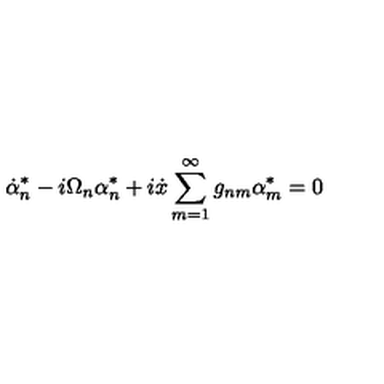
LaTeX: \dot { \alpha } _ { n } ^ { * } - i \Omega _ { n } \alpha _ { n } ^ { * } + i \dot { x } \sum _ { m = 1 } ^ { \infty } g _ { n m } \alpha _ { m } ^ { * } = 0